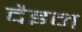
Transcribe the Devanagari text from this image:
दैइन